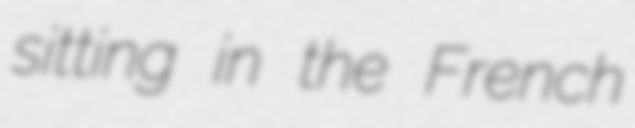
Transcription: sitting in the French